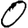
Digit: 0